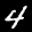
Label: 4